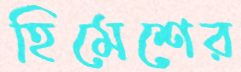
হিমেশের